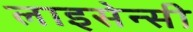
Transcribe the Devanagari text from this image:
लाइसेन्सी